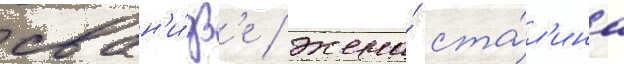
сван'и́дз'е / жена́ ста́л'ина